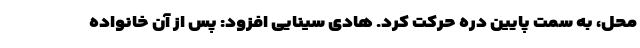
محل، به سمت پایین دره حرکت کرد. هادی سینایی افزود: پس از آن خانواده